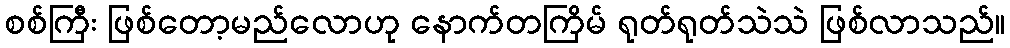
စစ်ကြီး ဖြစ်တော့မည်လောဟု နောက်တကြိမ် ရုတ်ရုတ်သဲသဲ ဖြစ်လာသည်။